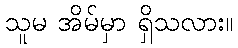
သူမ အိမ်မှာ ရှိသလား။